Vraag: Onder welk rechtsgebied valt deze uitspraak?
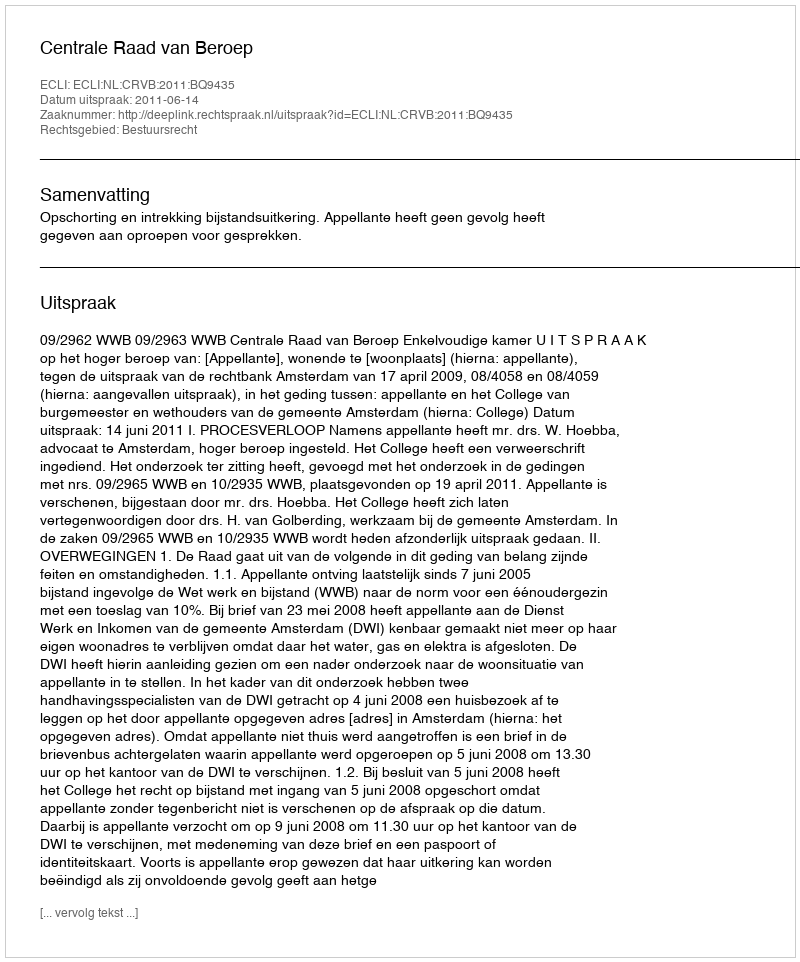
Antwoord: Bestuursrecht